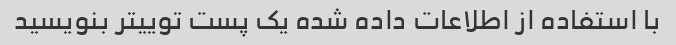
با استفاده از اطلاعات داده شده یک پست توییتر بنویسید